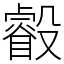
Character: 㲊